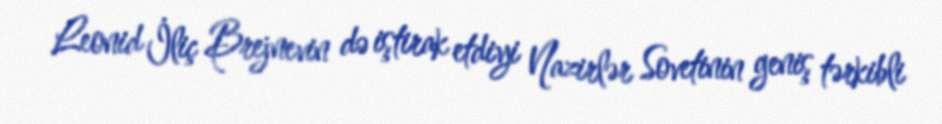
Leonid İliç Brejnevin də iştirak etdiyi Nazirlər Sovetinin geniş tərkibli